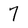
Character: 7